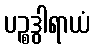
ပဉ္စဒွါရာယံ